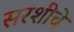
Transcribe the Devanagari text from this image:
सरशीचे